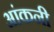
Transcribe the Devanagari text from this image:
आंकनी